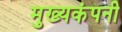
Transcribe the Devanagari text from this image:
मुख्यकंपनी